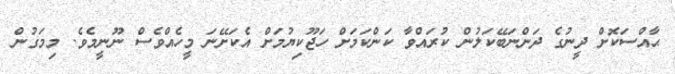
ޙާއްސަކޮށް ދީނުގެ ދަންނަބޭކަލުން ކުރައްވާ ކަންކަމަށް ހަޖޫކިޔުމަށް އެކަށޭނަ މީހެއްވެސް ނޫނީމެވެ. މިމަގުން